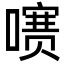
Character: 㗷